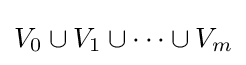
V_{0}\cup V_{1}\cup \dots \cup V_{m}